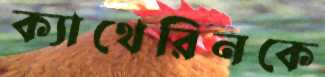
ক্যাথেরিনকে